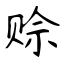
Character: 赊